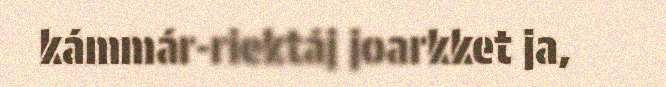
kámmár-riektáj joarkket ja,